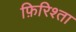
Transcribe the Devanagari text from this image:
फ़िरिश्ता